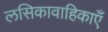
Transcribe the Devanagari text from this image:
लसिकावाहिकाएँ